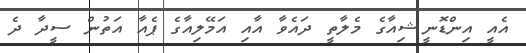
އެއީ އިންޑޮނީޝިއާގެ މެލާތީ ދައެވާ އާއި އަމޭލިއާގެ ޕެއާ އަތުން ސީދާ ދެ